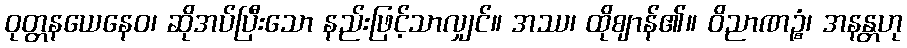
ဝုတ္တနယေနေဝ၊ ဆိုအပ်ပြီးသော နည်းဖြင့်သာလျှင်။ အဿ၊ ထိုဈာန်၏။ ဝိညာဏဉ္စံ၊ အနန္တဟု